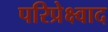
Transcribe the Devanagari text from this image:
परिप्रेक्ष्वाद